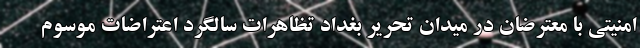
امنیتی با معترضان در میدان تحریر بغداد تظاهرات سالگرد اعتراضات موسوم